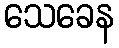
သေခေန